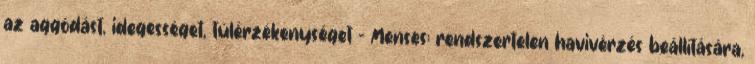
az aggódást, idegességet, túlérzékenységet - Menses: rendszertelen havivérzés beállítására,